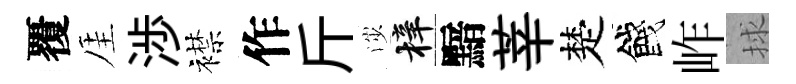
覆厓渉襟作斤渉梓黯莘楚餞岞捄